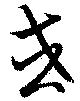
或